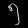
Digit: ၅